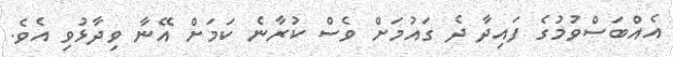
އެއްބަސްވުމުގެ ފައިދާ ދެ ގައުމަށް ވެސް ކުރާނެ ކަމަށް އޭނާ ވިދާޅުވި އެވެ.